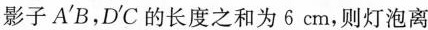
影子A'B，D'C的长度之和为6cm，则灯泡离